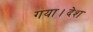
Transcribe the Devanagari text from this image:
गया।देश